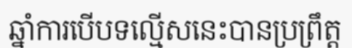
ឆ្នាំការបើបទល្មើសនេះបានប្រព្រឹត្ត